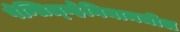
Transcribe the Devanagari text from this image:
पेन्सिल्व्हेनियामधील